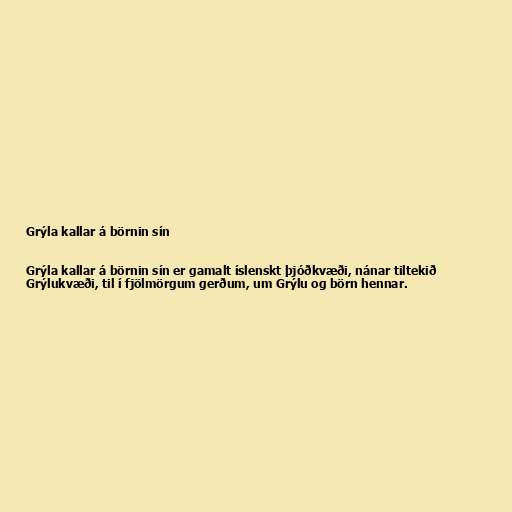
Grýla kallar á börnin sín

Grýla kallar á börnin sín er gamalt íslenskt þjóðkvæði, nánar tiltekið
Grýlukvæði, til í fjölmörgum gerðum, um Grýlu og börn hennar.